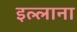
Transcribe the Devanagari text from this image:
इल्लाना